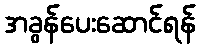
အခွန်ပေးဆောင်ရန်